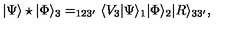
| \Psi \rangle \star | \Phi \rangle _ { 3 } = _ { 1 2 3 ^ { \prime } } \langle V _ { 3 } | \Psi \rangle _ { 1 } | \Phi \rangle _ { 2 } | R \rangle _ { 3 3 ^ { \prime } } ,